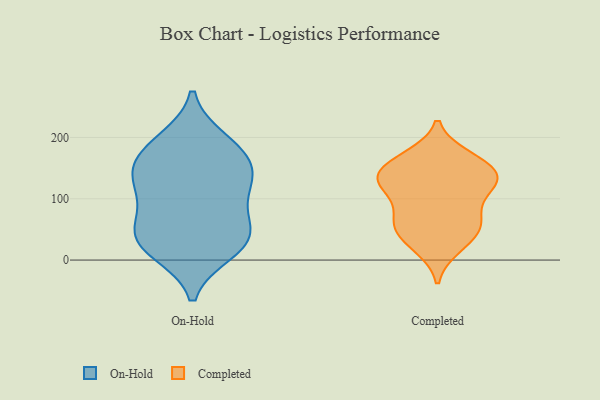
{"axis": {"x": "Churn Rate (%)", "y": "Value"}, "legend": ["Completed", "On-Hold"], "data": [{"x": "", "y": 184, "type": "On-Hold"}, {"x": "", "y": 101, "type": "On-Hold"}, {"x": "", "y": 175, "type": "On-Hold"}, {"x": "", "y": 50, "type": "On-Hold"}, {"x": "", "y": 141, "type": "On-Hold"}, {"x": "", "y": 145, "type": "On-Hold"}, {"x": "", "y": 39, "type": "On-Hold"}, {"x": "", "y": 195, "type": "On-Hold"}, {"x": "", "y": 116, "type": "On-Hold"}, {"x": "", "y": 138, "type": "On-Hold"}, {"x": "", "y": 31, "type": "On-Hold"}, {"x": "", "y": 21, "type": "On-Hold"}, {"x": "", "y": 64, "type": "On-Hold"}, {"x": "", "y": 14, "type": "On-Hold"}, {"x": "", "y": 67, "type": "Completed"}, {"x": "", "y": 134, "type": "Completed"}, {"x": "", "y": 117, "type": "Completed"}, {"x": "", "y": 162, "type": "Completed"}, {"x": "", "y": 131, "type": "Completed"}, {"x": "", "y": 165, "type": "Completed"}, {"x": "", "y": 58, "type": "Completed"}, {"x": "", "y": 66, "type": "Completed"}, {"x": "", "y": 119, "type": "Completed"}, {"x": "", "y": 169, "type": "Completed"}, {"x": "", "y": 59, "type": "Completed"}, {"x": "", "y": 20, "type": "Completed"}, {"x": "", "y": 147, "type": "Completed"}, {"x": "", "y": 133, "type": "Completed"}, {"x": "", "y": 26, "type": "Completed"}, {"x": "", "y": 100, "type": "Completed"}, {"x": "", "y": 134, "type": "Completed"}, {"x": "", "y": 45, "type": "Completed"}]}